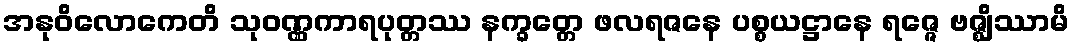
အနုဝိလောကေတိ သုဝဏ္ဏကာရပုတ္တဿ နက္ခတ္တေ ဖလရဇနေ ပစ္စယဋ္ဌာနေ ရဇ္ဇေ ဗဇ္ဈိဿာမိ